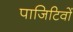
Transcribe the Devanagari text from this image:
पाजिटिवों